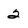
Character: 2